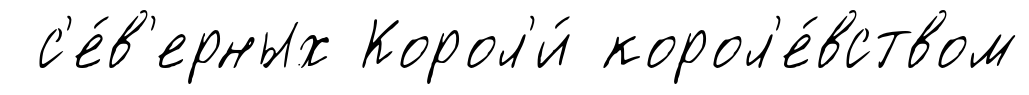
с'е́в'ерных Корол'и́ корол'е́вством